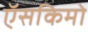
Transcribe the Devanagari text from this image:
ऍसकिमो